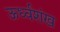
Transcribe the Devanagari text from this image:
ऊर्ध्वशंख